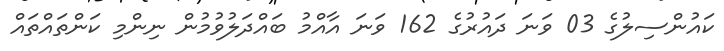
ކައުންސިލުގެ 03 ވަނަ ދައުރުގެ 162 ވަނަ އާއްމު ބައްދަލުވުމުން ނިންމި ކަންތައްތައް